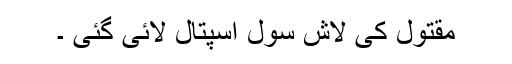
مقتول کی لاش سول اسپتال لائی گئی ۔